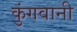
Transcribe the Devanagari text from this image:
कुंगवानी